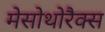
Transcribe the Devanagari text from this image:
मेसोथोरैक्स